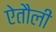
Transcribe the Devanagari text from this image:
ऐतौली